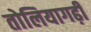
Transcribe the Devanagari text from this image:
तोलियागढ़ी